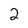
Character: 2